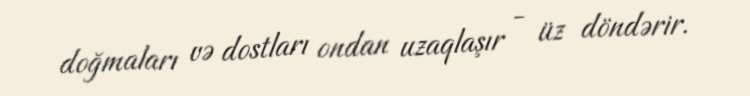
doğmaları və dostları ondan uzaqlaşır - üz döndərir.